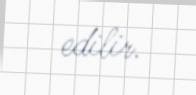
edilir.